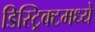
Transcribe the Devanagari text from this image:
डिस्ट्रिक्टमध्ये